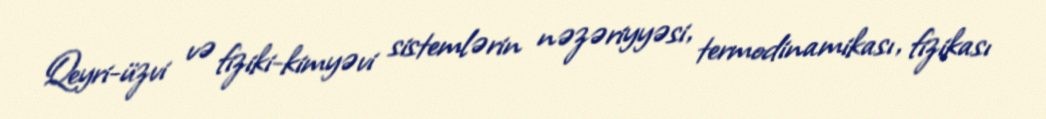
Qeyri-üzvi və fiziki-kimyəvi sistemlərin nəzəriyyəsi, termodinamikası, fizikası